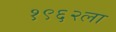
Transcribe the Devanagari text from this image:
१९६२ला